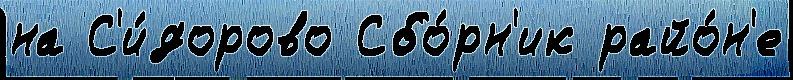
на С'и́дорово Сбо́рн'ик райо́н'е